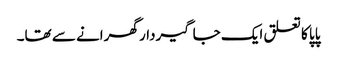
پاپا کا تعلق ایک جاگیردار گھرانے سے تھا۔